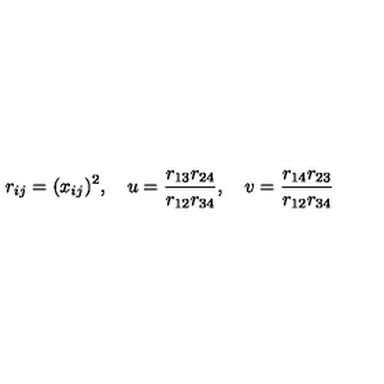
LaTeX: r _ { i j } = ( x _ { i j } ) ^ { 2 } , \quad u = \frac { r _ { 1 3 } r _ { 2 4 } } { r _ { 1 2 } r _ { 3 4 } } , \quad v = \frac { r _ { 1 4 } r _ { 2 3 } } { r _ { 1 2 } r _ { 3 4 } }